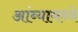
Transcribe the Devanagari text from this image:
आंब्यामध्ये